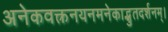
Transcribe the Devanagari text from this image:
अनेकवक्त्रनयनमनेकाद्भुतदर्शनम्‌।